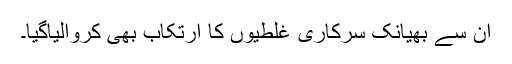
ان سے بھیانک سرکاری غلطیوں کا ارتکاب بھی کروالیاگیا۔